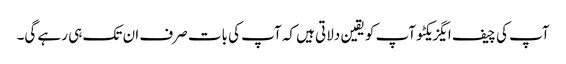
آپ کی چیف ایگزیکٹو آپ کو یقین دلاتی ہیں کہ آپ کی بات صرف ان تک ہی رہے گی۔